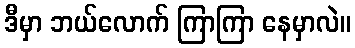
ဒီမှာ ဘယ်လောက် ကြာကြာ နေမှာလဲ။